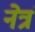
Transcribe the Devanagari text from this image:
नेत्रं